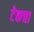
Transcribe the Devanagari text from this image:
टेकचा